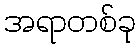
အရာတစ်ခု